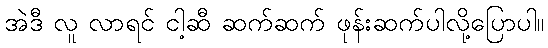
အဲဒီ လူ လာရင် ငါ့ဆီ ဆက်ဆက် ဖုန်းဆက်ပါလို့ပြောပါ။